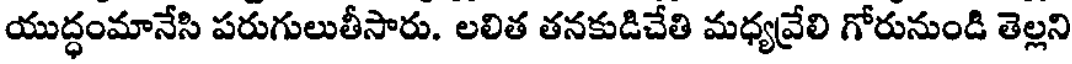
యుద్ధంమానేసి పరుగులుతీసారు. లలిత తనకుడిచేతి మధ్యవ్రేలి గోరునుండి తెల్లని